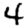
Digit: 4